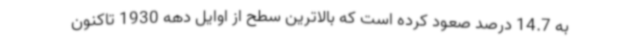
به 14.7 درصد صعود کرده است که بالاترین سطح از اوایل دهه 1930 تاکنون